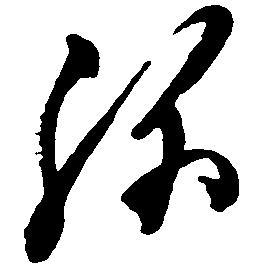
弥